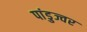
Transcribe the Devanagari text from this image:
पांडुज्वर